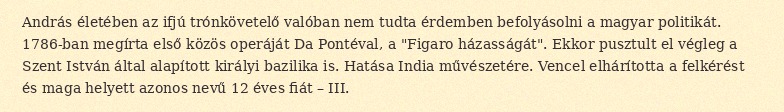
András életében az ifjú trónkövetelő valóban nem tudta érdemben befolyásolni a magyar politikát. 1786-ban megírta első közös operáját Da Pontéval, a "Figaro házasságát". Ekkor pusztult el végleg a Szent István által alapított királyi bazilika is. Hatása India művészetére. Vencel elhárította a felkérést és maga helyett azonos nevű 12 éves fiát – III.